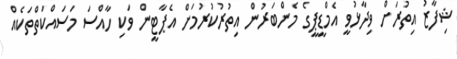
ޝިފާޒު އިތުރަށް ވިދާޅުވީ އެމްޑީޕީގެ މެންބަރުން އިތުރުކުރުމަށް އެޕާޓީން ވަކި ހާއްސަ މަސައްކަތްތަކެއް